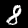
Label: 8